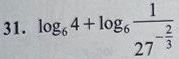
\[ 31.\ \log_{6}4 + \log_{6}\frac{1}{27^{-\frac{2}{3}}} \]